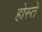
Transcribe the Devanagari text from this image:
होस्ते